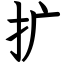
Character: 扩